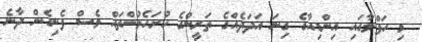
މި ހަފްލާގައި އިންޑިއާގެ ގިނަ އަދަދެއްގެ ތަރީންގެ ހުށަހެޅުންތައް ވެސް ފެނިގެން ދާނެ